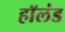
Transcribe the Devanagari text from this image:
हाॅलंड